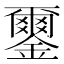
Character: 𨮪